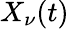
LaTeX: X_{\nu}(t)